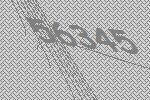
56345